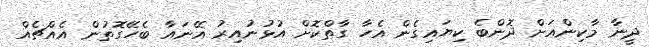
ދީނާ މާކިންއަށް ދޮންބެ ކިޔައިގެން އެހާ ގާތްކޮށް އުޅުނުއިރު އޭނައާ ބެހޭގޮތުން އެއްޗެއް